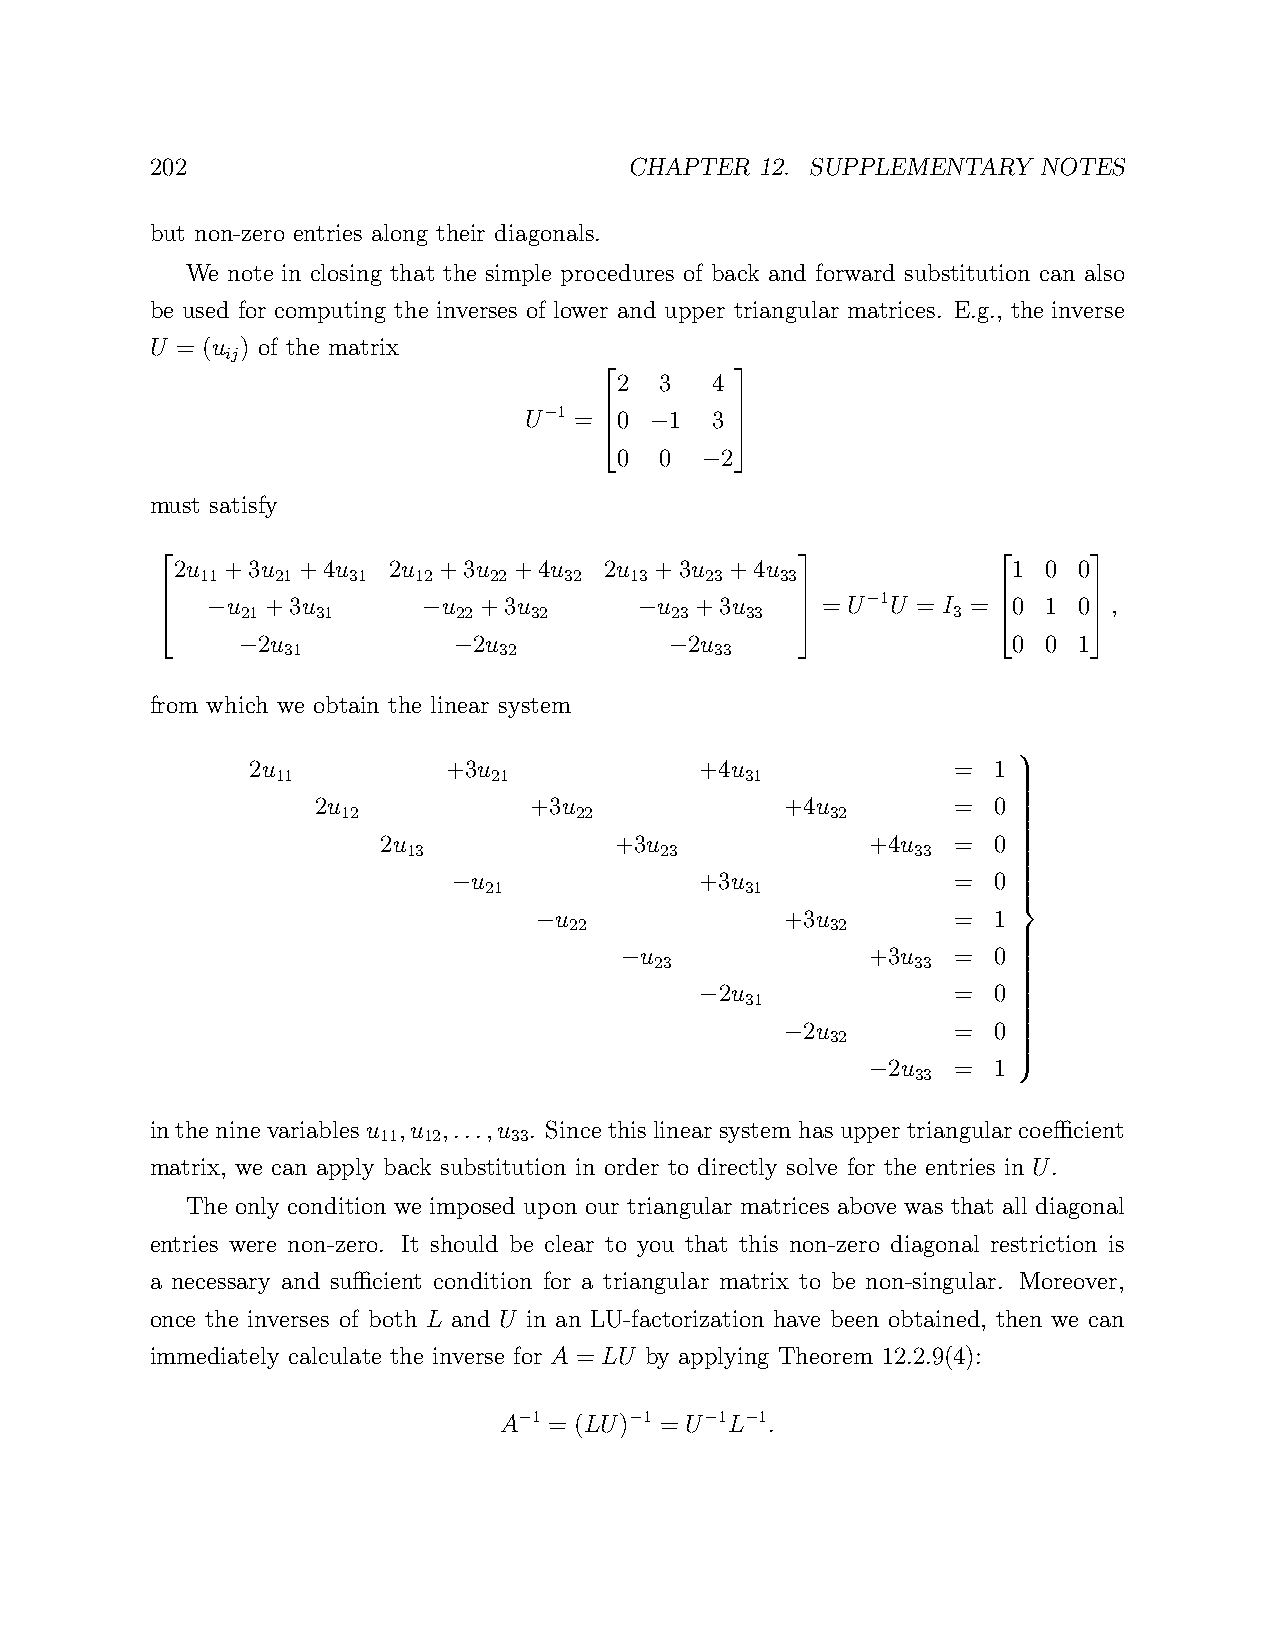
202                             CHAPTER 12. SUPPLEMENTARY  NOTES
 but non-zero entries along their diagonals.
 We note in closing that the simple procedures of back and forward substitution can also
 be used for computing the inverses of lower and upper triangular matrices. E.g., the inverse
 U = (u ) of the matrix
 ij
 2  3  4
 U 1 = 0  1  3
 −           
 −
 0  0   2
      −  
         
 must satisfy
 2u +3u  +4u   2u +3u  +4u   2u +3u  +4u                1 0 0
 11   21   31  12   22   32   13   23   33
 u  +3u        u  +3u        u  +3u     = U 1U = I = 0 1 0  ,
      21   31       22   32       23   33     −     3       
 −             −             −
 2u            2u             2u                   0 0 1
      −  31         −  32         −  33                     
                                                            
 from which we obtain the linear system
 2u           +3u             +4u              =  1
 11             21              31
 2u            +3u              +4u        =  0
 12             22               32          
 
 2u              +3u              +4u  =  0 
 13               23               33     
 
 
 u              +3u              =  0 
 − 21               31                  
 
 u              +3u        =  1 
 − 22               32            
 
 u               +3u  =  0 
 23                33
 −
 2u             =  0
 −  31                  
 
 2u        =  0 
 −  32            
 
 2u  =  1 
 −  33      
 
 
 
 
 intheninevariablesu ,u ,...,u . Since thislinear system hasupper triangularcoefficient
 11 12    33
 matrix, we can apply back substitution in order to directly solve for the entries in U.
 The only condition we imposed upon our triangular matrices above was that all diagonal
 entries were non-zero. It should be clear to you that this non-zero diagonal restriction is
 a necessary and sufficient condition for a triangular matrix to be non-singular. Moreover,
 once the inverses of both L and U in an LU-factorization have been obtained, then we can
 immediately calculate the inverse for A = LU by applying Theorem 12.2.9(4):
 A 1 = (LU) 1 = U 1L 1.
 −       −    − −